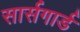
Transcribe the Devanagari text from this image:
सार्सगार्ड